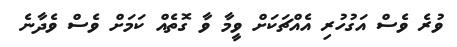
ވުރެ ވެސް އަގުހުރި އެއްޗަކަށް ވީމާ ވާ ގޮތެއް ކަމަށް ވެސް ވެދާނެ